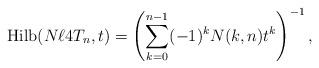
LaTeX: \begin{gather*} {\rm Hilb}(N{\ell}4T_n,t)= \left( \sum_{k=0}^{n-1} (-1)^{k} N(k,n) t^{k} \right)^{-1},\end{gather*}